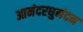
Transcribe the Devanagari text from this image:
आनंदरघुनंदन